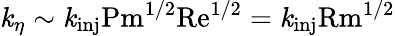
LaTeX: \mathit{k}_{\eta}\sim\mathit{k}_{\textrm{{inj}}}\textrm{{Pm}}^{1/2}\textrm{{Re}}^{1/2}=\mathit{k}_{\textrm{{inj}}}\textrm{{Rm}}^{1/2}